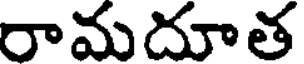
రామదూత